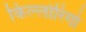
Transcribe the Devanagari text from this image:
किल्लोरिगो